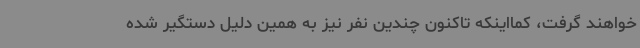
خواهند گرفت، کمااینکه تاکنون چندین نفر نیز به همین دلیل دستگیر شده